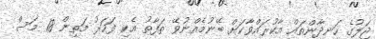
ޖަލުގެ ހަނދާންތައް އާކުރައްވާކަށް ބޭނުމެއްނުވޭ ތަފާތު އެކި ފަހަރު މަތިން 18 މަސް